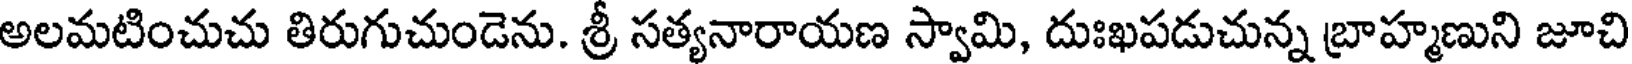
అలమటించుచు తిరుగుచుండెను. శ్రీ సత్యనారాయణ స్వామి, దుఃఖపడుచున్న బ్రాహ్మణుని జూచి